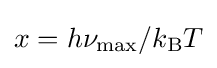
x=h\nu _{\max }/k_{\mathrm {B} }T